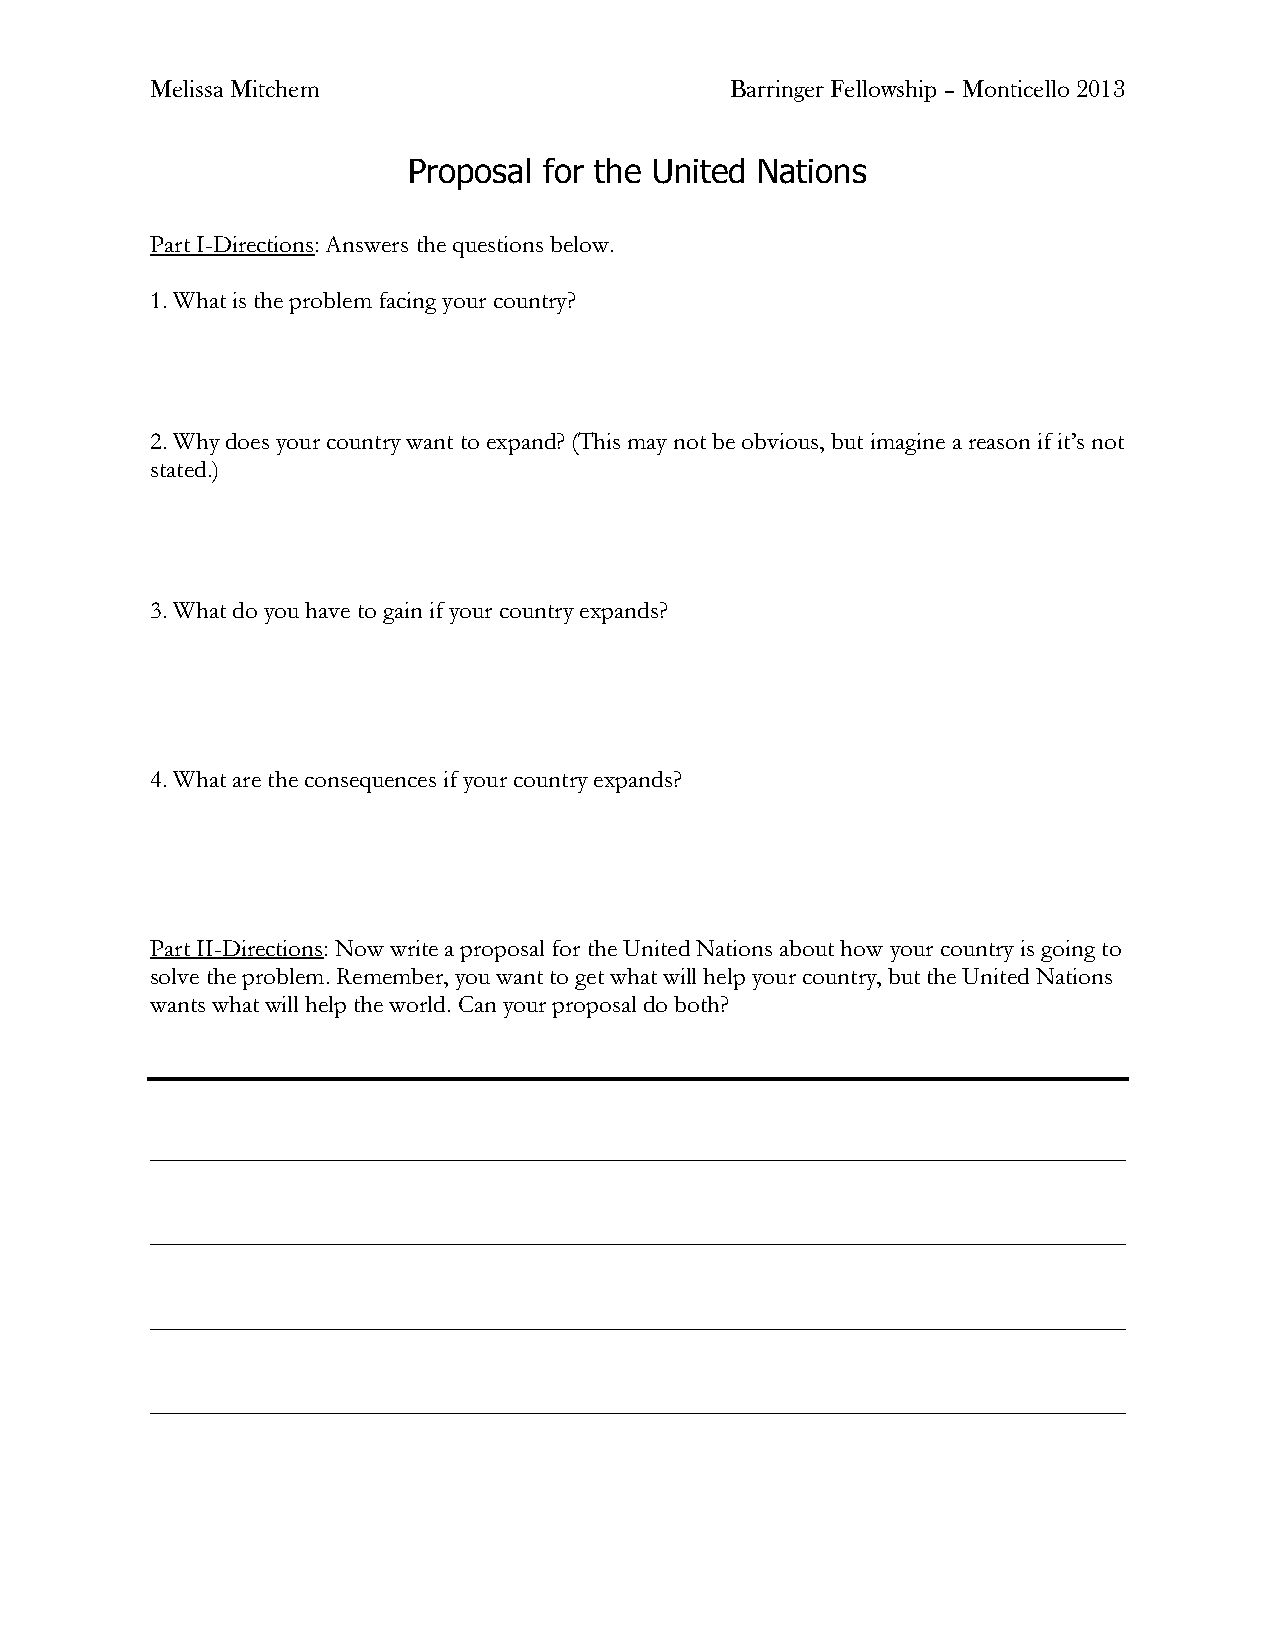
Melissa Mitchem                       Barringer Fellowship – Monticello 2013
 Proposal for the United Nations
 Part I-Directions: Answers the questions below.
 1. What is the problem facing your country?
 2. Why does your country want to expand? (This may not be obvious, but imagine a reason if it’s not
 stated.)
 3. What do you have to gain if your country expands?
 4. What are the consequences if your country expands?
 Part II-Directions: Now write a proposal for the United Nations about how your country is going to
 solve the problem. Remember, you want to get what will help your country, but the United Nations
 wants what will help the world. Can your proposal do both?
 ______________________________________________________________________________
 ______________________________________________________________________________
 ______________________________________________________________________________
 ______________________________________________________________________________